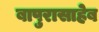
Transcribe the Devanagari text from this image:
बापुरासाहेब